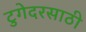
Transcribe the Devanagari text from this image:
टुगेदरसाठी